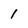
Character: 1